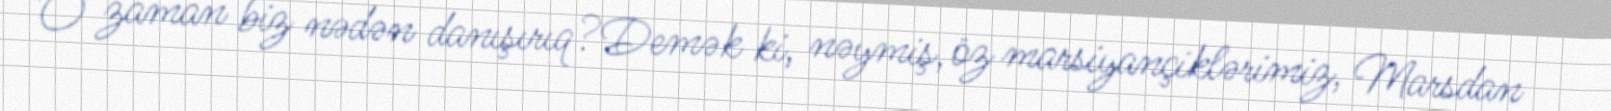
O zaman biz nədən danışırıq?Demək ki, nəymiş, öz marsiyançiklərimiz, Marsdan